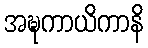
အဍ္ဎကာယိကာနိ